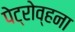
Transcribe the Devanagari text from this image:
पेट्रोव्हना